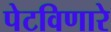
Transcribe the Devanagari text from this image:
पेटविणारे